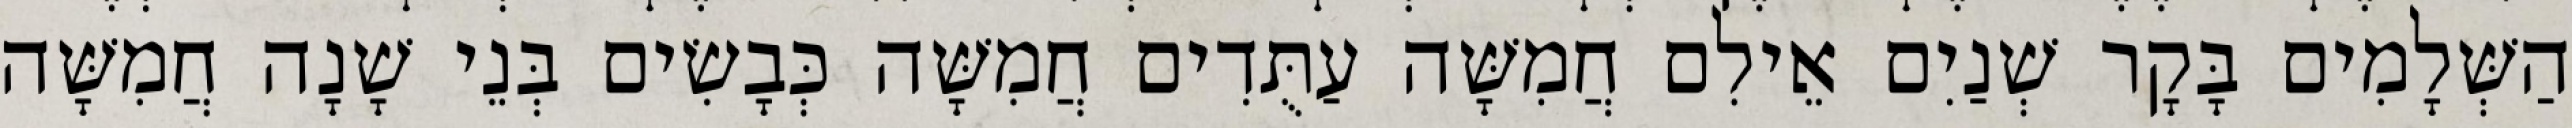
הַשְּׁלָמִים בָּקָר שְׁנַיִם אֵילִם חֲמִשָּׁה עַתֻּדִים חֲמִשָּׁה כְּבָשִׂים בְּנֵי שָׁנָה חֲמִשָּׁה